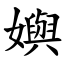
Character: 嬩